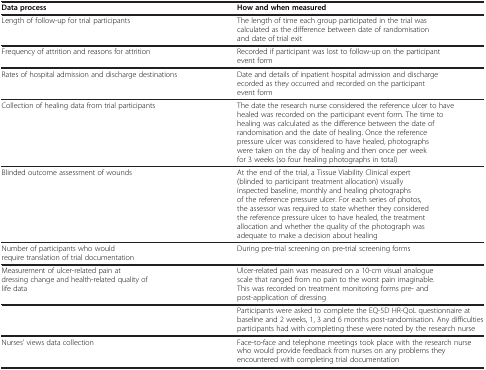
<table><thead><tr><td><b>Data process</b></td><td><b>How and when measured</b></td></tr></thead><tbody><tr><td>Length of follow-up for trial participants</td><td>The length of time each group participated in the trial was calculated as the difference between date of randomisation and date of trial exit</td></tr><tr><td>Frequency of attrition and reasons for attrition</td><td>Recorded if participant was lost to follow-up on the participant event form</td></tr><tr><td>Rates of hospital admission and discharge destinations</td><td>Date and details of inpatient hospital admission and discharge ecorded as they occurred and recorded on the participant event form</td></tr><tr><td>Collection of healing data from trial participants</td><td>The date the research nurse considered the reference ulcer to have healed was recorded on the participant event form. The time to healing was calculated as the difference between the date of randomisation and the date of healing. Once the reference pressure ulcer was considered to have healed, photographs were taken on the day of healing and then once per week for 3 weeks (so four healing photographs in total)</td></tr><tr><td>Blinded outcome assessment of wounds</td><td>At the end of the trial, a Tissue Viability Clinical expert (blinded to participant treatment allocation) visually inspected baseline, monthly and healing photographs of the reference pressure ulcer. For each series of photos, the assessor was required to state whether they considered the reference pressure ulcer to have healed, the treatment allocation and whether the quality of the photograph was adequate to make a decision about healing</td></tr><tr><td>Number of participants who would require translation of trial documentation</td><td>During pre-trial screening on pre-trial screening forms</td></tr><tr><td>Measurement of ulcer-related pain at dressing change and health-related quality of life data</td><td>Ulcer-related pain was measured on a 10-cm visual analogue scale that ranged from no pain to the worst pain imaginable. This was recorded on treatment monitoring forms pre- and post-application of dressing</td></tr><tr><td> </td><td>Participants were asked to complete the EQ-5D HR-QoL questionnaire at baseline and 2 weeks, 1, 3 and 6 months post-randomisation. Any difficulties participants had with completing these were noted by the research nurse</td></tr><tr><td>Nurses’ views data collection</td><td>Face-to-face and telephone meetings took place with the research nurse who would provide feedback from nurses on any problems they encountered with completing trial documentation</td></tr></tbody></table>